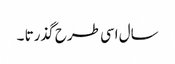
سال اسی طرح گذرتا ۔